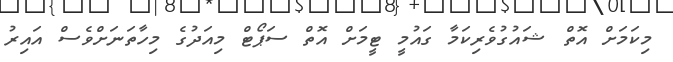
މިކަމަށް އޮތް ޝައުގުވެރިކަމާ ގައުމީ ޓީމަށް އޮތް ސަޕޯޓް މިއަދުގެ މިހާތަނަށްވެސް އައިރު